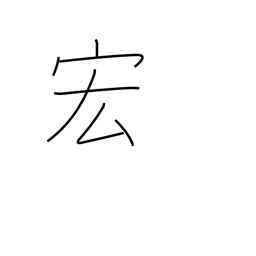
Meaning: wide